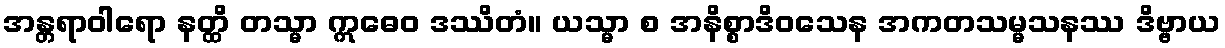
အန္တရာဝါရော နတ္ထိ တသ္မာ ဣဓေဝ ဒဿိတံ။ ယသ္မာ စ အနိစ္စာဒိဝသေန အကတသမ္မသနဿ ဒိဗ္ဗာယ